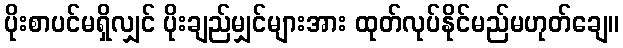
ပိုးစာပင်မရှိလျှင် ပိုးချည်မျှင်များအား ထုတ်လုပ်နိုင်မည်မဟုတ်ချေ။